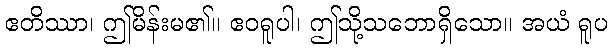
ဧတိဿာ၊ ဤမိန်းမ၏။ ဧဝရူပါ၊ ဤသို့သဘောရှိသော။ အယံ ရူပ